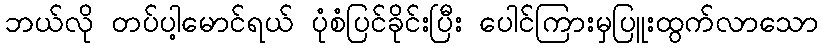
ဘယ်လို တပ်ပါ့မောင်ရယ် ပုံစံပြင်ခိုင်းပြီး ပေါင်ကြားမှပြူးထွက်လာသော